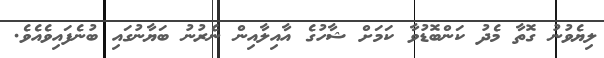
ލިޔެވުނު ގޮތާ މެދު ކަންބޮޑުވާ ކަމަށް ޝާހުގެ އާއިލާއިިން ނެރުނު ބަޔާނުގައި ބުނެފައިވެއެވެ.